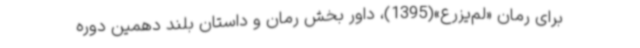
برای رمان «لم‌یزرع»(1395)، داور بخش رمان و داستان بلند دهمین دوره